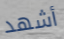
أشهد